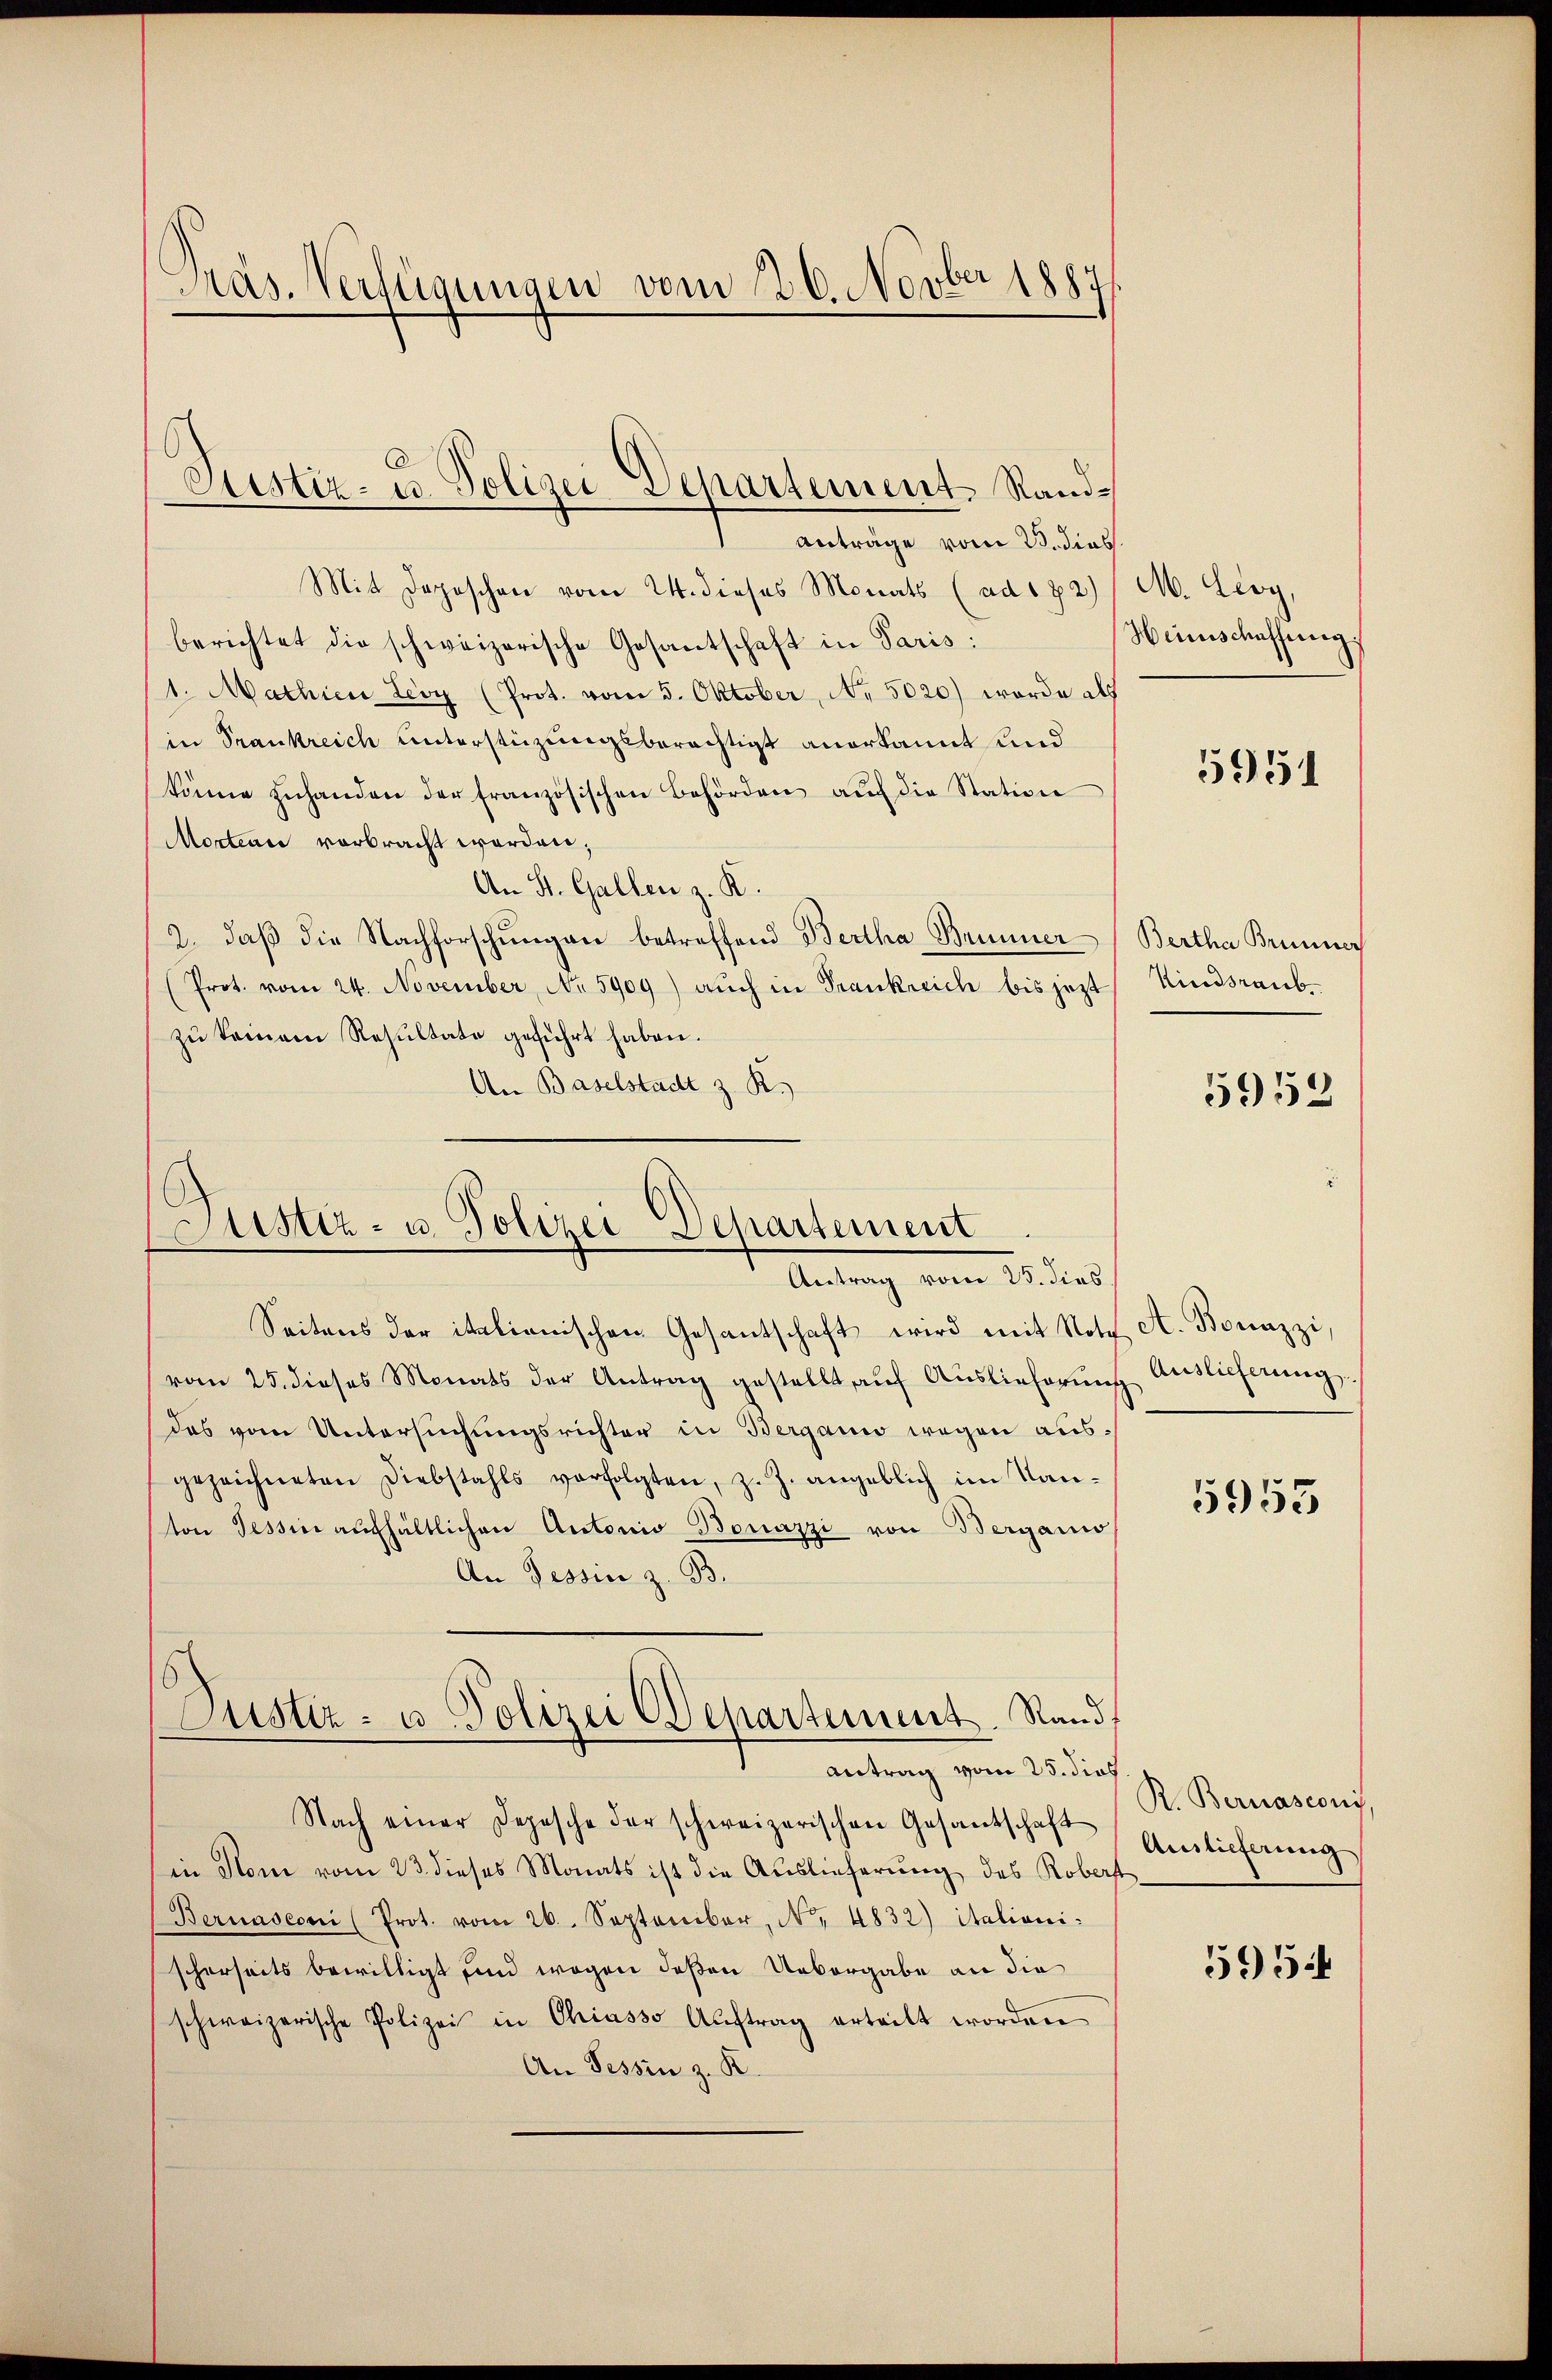
Präs. Verfügungen vom 26. Novber 1887

Mit Depeschen vom 24. dieses Monats (ad 182) / M. Lioy,
berichtet die schweizerische Gesantschaft in Paris:
1. Mathien Leoy (Prot. vom 5. Oktober, No. 5020) worde als
in Trankreich unterstüzungsberechtigt anerkannt und
könne zŭhanden der französischen Behörden aŭf die Station
Moctian verbracht worden,
An St. Gallen z. R.
2. daß die Nachforschungen betreffend Bertha Brunner
(Prot. vom 24. November, No 5909) auch in Trankreich bis jezt
zu keinem Resultate geführt haben.
An Baselstadt z. R.

Custiz- u. Polizei Departement. Sand¬
.
anträge vom 3. dies

Justiz- u. Polizei Departement
Antrag vom 25. dies

Antrag vom 25. dies

Seitens der italienischen Gesantschaft wird mit Notz A. Bonnzzi,
vom 25. dieses Monats der Antrag gestellt aŭf Aŭslieferŭng Auslieferung
das vom Untersuchungsrichter in Berganis wegen ausgezeichneten Diebstahls verfolgten, z. Z. angeblich im Kan-
ton Tessin aufhältlichen Antonio Bonazzi von Bergano
An Tessin z. B.
Justiz- u Polizei Departement. Rand

Nach einer Depesche der schweizerischen Gesantschaft
in Rom vom 23. dieses Monats ist die Auslieferung des Roberst
(Bernasconi (Prot. vom 26. September, No. 4832) italiani:
scherseits bewilligt und wegen deßen Uebergabe an die
schweizerische Polizei in Chiasso Aŭftrag erteilt worden.
An Tessin z. R.

Heimschaffung

5951

Bertha Brunner
Kindsraub.
5952

5955

R. Bernasconi,
Auslieferung

595